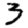
Digit: 3